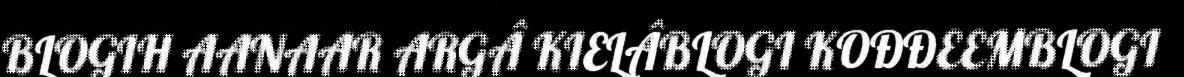
BLOGIH AANAAR ARGÂ KIELÂBLOGI KOĐĐEEMBLOGI